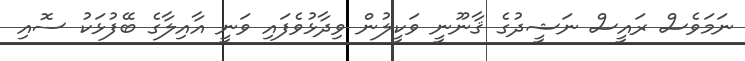
ނަމަވެސް ރައީސް ނަޝީދުގެ ޤާނޫނީ ވަކީލުން ވިދާޅުވެފައި ވަނީ އާއިލާގެ ބޭފުޅަކު ސޮއި